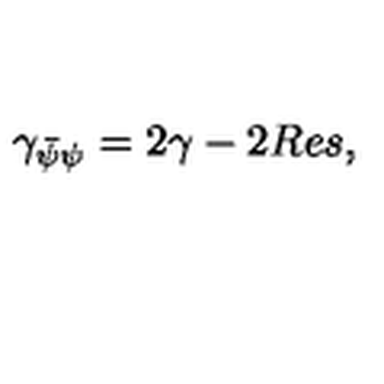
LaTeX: \gamma _ { \bar { \psi } \psi } = 2 \gamma - 2 R e s ,